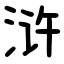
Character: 浒